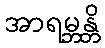
အာရမ္ဘန္တိ